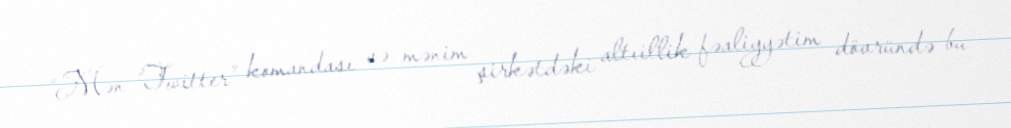
“Mən “Twitter” komandası və mənim şirkətdəki altıillik fəaliyyətim dövründə bu